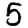
Digit: 5